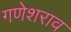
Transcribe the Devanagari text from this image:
गणेशराव